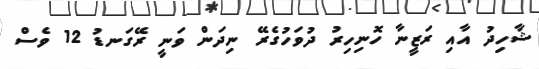
ޝާހިދު އާއި ރަޒީނާ ހޮނިހިރު ދުވަހުގެރޭ ނިދަން ވަނީ ރޭގަނޑު 12 ވެސް